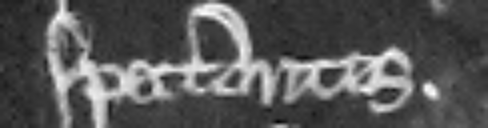
spectantes.